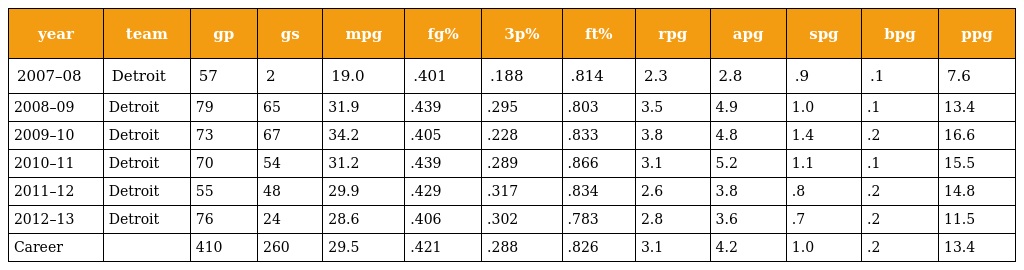
| year | team | gp | gs | mpg | fg% | 3p% | ft% | rpg | apg | spg | bpg | ppg |
 | --- | --- | --- | --- | --- | --- | --- | --- | --- | --- | --- | --- | --- |
 | 2007–08 | Detroit | 57 | 2 | 19.0 | .401 | .188 | .814 | 2.3 | 2.8 | .9 | .1 | 7.6 |
 | 2008–09 | Detroit | 79 | 65 | 31.9 | .439 | .295 | .803 | 3.5 | 4.9 | 1.0 | .1 | 13.4 |
 | 2009–10 | Detroit | 73 | 67 | 34.2 | .405 | .228 | .833 | 3.8 | 4.8 | 1.4 | .2 | 16.6 |
 | 2010–11 | Detroit | 70 | 54 | 31.2 | .439 | .289 | .866 | 3.1 | 5.2 | 1.1 | .1 | 15.5 |
 | 2011–12 | Detroit | 55 | 48 | 29.9 | .429 | .317 | .834 | 2.6 | 3.8 | .8 | .2 | 14.8 |
 | 2012–13 | Detroit | 76 | 24 | 28.6 | .406 | .302 | .783 | 2.8 | 3.6 | .7 | .2 | 11.5 |
 | Career |  | 410 | 260 | 29.5 | .421 | .288 | .826 | 3.1 | 4.2 | 1.0 | .2 | 13.4 |